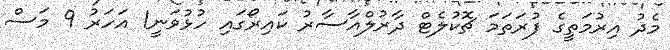
މެދު އިރުމަތީގެ ފުރަތަމަ ޗޮކުލެޓް ދާރުލްއާސާރު ކައިރޯގައި ހުޅުވަނީ1 އަހަރު 9 މަސް